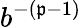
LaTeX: b^{-(\mathfrak{p}-1)}